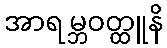
အာရမ္ဘဝတ္ထူနိ